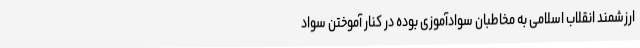
ارزشمند انقلاب اسلامی به مخاطبان سوادآموزی بوده در کنار آموختن سواد